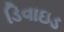
ડિવાઇડ